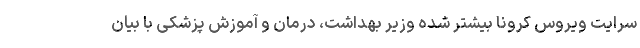
سرایت ویروس کرونا بیشتر شده وزیر بهداشت، درمان و آموزش پزشکی با بیان